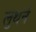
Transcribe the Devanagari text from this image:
लुथर्न